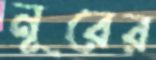
নূরের